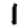
Digit: 1